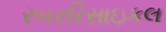
રબરરિસાઇકલ